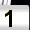
Digit: 1